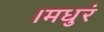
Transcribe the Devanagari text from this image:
।मधुरं